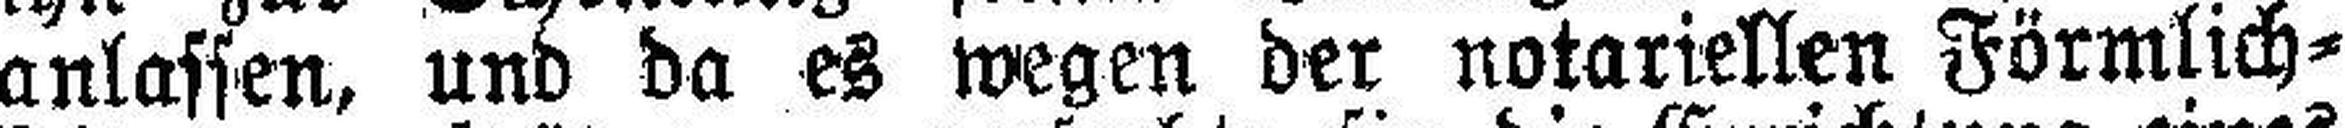
anlassen, und da es wegen der notariellen Förmlich¬